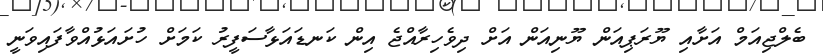
ބެލްޖިއަމް އަށާއި ޔޫރަޕިއަން ޔޫނިއަން އަށް ދިވެހިރާއްޖެ އިން ކަނޑައަޅާސަފީރު ކަމަށް ހުށައަޅުއްވާފައިވަނީ